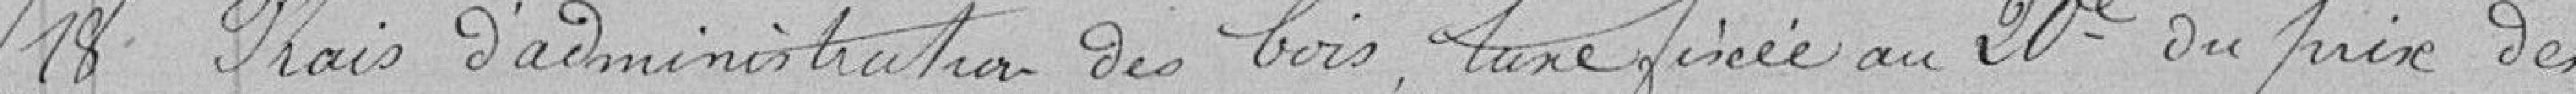
18 Frais d'administration des bois, taxe fixée au 20e du prix des